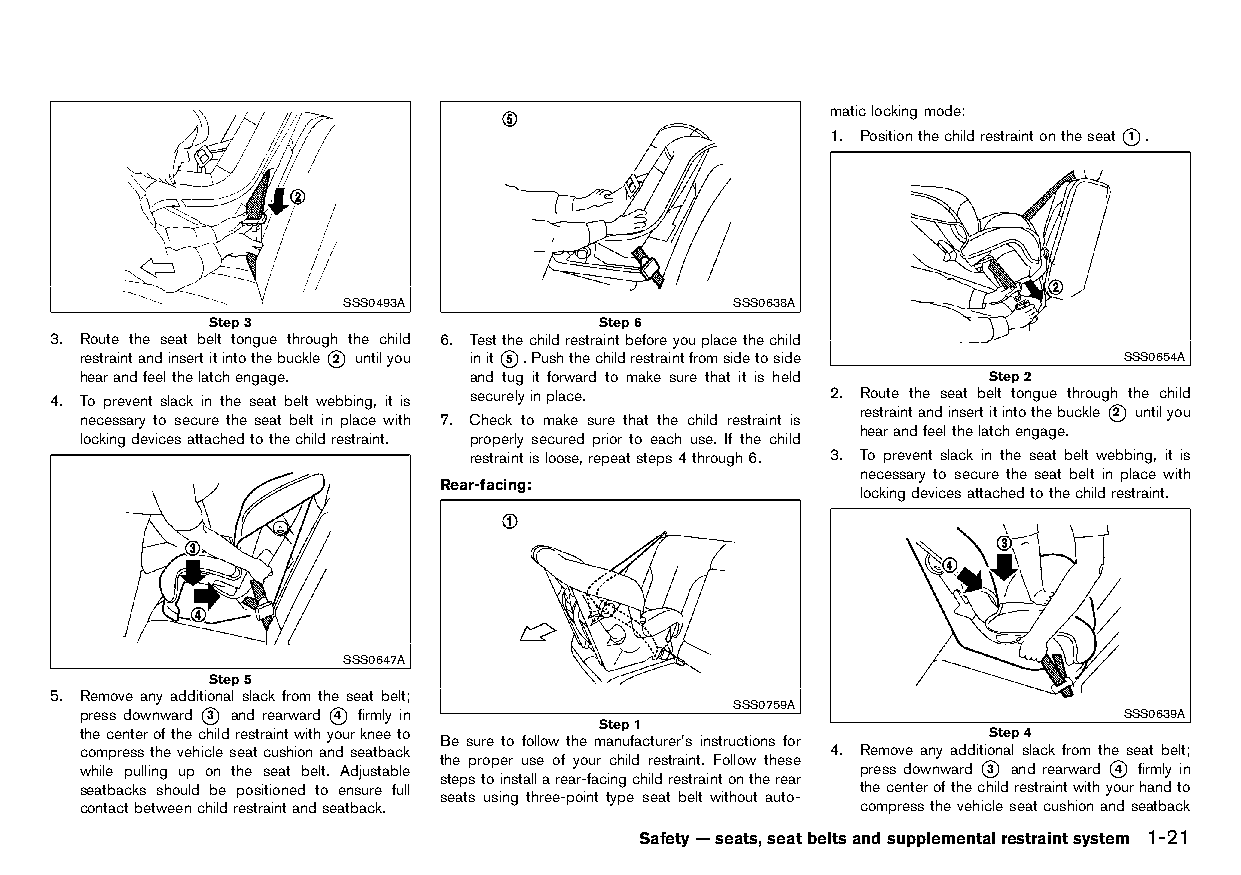
(47,1)
 maticlockingmode:
 1. Positionthechildrestraintontheseat*1 .
 SSS0493A                 SSS0638A
 Step3                    Step6
 3. Route the seat belt tongue through the child 6. Testthechildrestraintbeforeyouplacethechild
 restraintandinsertitintothebuckle*2 untilyou init*5 .Pushthechildrestraintfromsidetoside SSS0654A
 hearandfeelthelatchengage. and tug it forward to make sure that it is held Step2
 4. To prevent slack in the seat belt webbing, it is securelyinplace. 2. Route the seat belt tongue through the child
 necessary to secure the seat belt in place with 7. Check to make sure that the child restraint is
 restraintandinsertitintothebuckle*2 untilyou
 hearandfeelthelatchengage.
 lockingdevicesattachedtothechildrestraint. properly secured prior to each use. If the child
 restraintisloose,repeatsteps4through6. 3. To prevent slack in the seat belt webbing, it is
 necessary to secure the seat belt in place with
 Rear-facing:
 HT32A1-22018305-9BAB-4201-B6FC-C08EB94AEAE0 lockingdevicesattachedtothechildrestraint.
 SSS0647A
 Step5
 5. Remove any additional slack from the seat belt;
 press downward *3 and rearward *4 firmly in SSS0759A                 SSS0639A
 Step1
 thecenterofthechildrestraintwithyourkneeto                  Step4
 Be sure to follow the manufacturer’s instructions for
 compressthevehicleseatcushionandseatback          4. Remove any additional slack from the seat belt;
 while pulling up on the seat belt. Adjustable the proper use of your child restraint. Follow these press downward *3 and rearward *4 firmly in
 stepstoinstallarear-facingchildrestraintontherear
 seatbacks should be positioned to ensure full       thecenterofthechildrestraintwithyourhandto
 seats using three-point type seat belt without auto-
 contactbetweenchildrestraintandseatback.            compressthevehicleseatcushionandseatback
 Safety—seats,seatbeltsandsupplementalrestraintsystem 1-21
 Condition:                        [Edit:2015/8/24 Model: HT32-A]